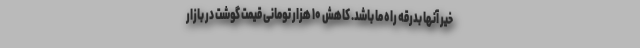
خیر آنها بدرقه راه ما باشد. کاهش ۱۰ هزار تومانی قیمت گوشت در بازار